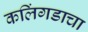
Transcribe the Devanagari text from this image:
कलिंगडाचा